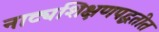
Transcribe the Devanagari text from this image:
नाट्यशिक्षणपद्धतीत